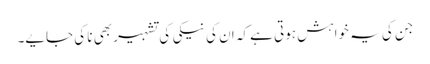
جن کی یہ خواہش ہوتی ہے کہ ان کی نیکی کی تشہیر بھی نا کی جایے۔